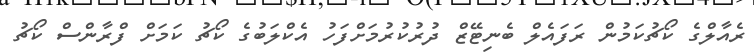
ރެއާލްގެ ކޯޗުކަމުން ރަފައެލް ބެނިޓޭޒް ދުރުކުރުމަށްފަހު އެކްލަބުގެ ކޯޗު ކަމަށް ފްރާންސް ކޯޗު